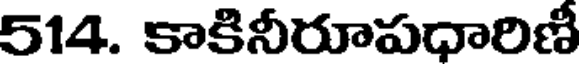
514. కాకినీరూపధారిణీ